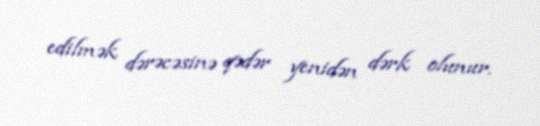
edilmək dərəcəsinə qədər yenidən dərk olunur.